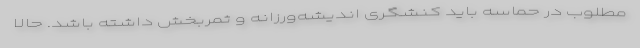
مطلوب در حماسه باید کنشگری اندیشه‌ورزانه و ثمربخش داشته باشد. حالا